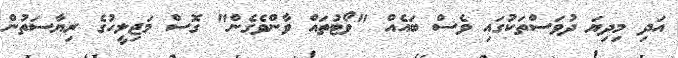
އަދި މިދިޔަ ދުވަސްތަކުގައި ވެސް ބައެއް "ވޯޓުތައް ވާންވެގެން" ގޮސް މަޖިލީހުގެ ރިޔާސަތުން